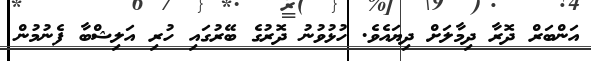
އަންބަރް ދޮރާ ދިމާލަށް ދިޔައެވެ. ހުޅުވުނު ދޮރުގެ ބޭރުގައި ހުރި އަލިޝްބާ ފެނުމުން